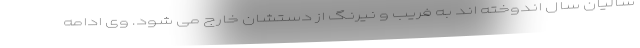
سالیان سال اندوخته اند به فریب و نیرنگ از دستشان خارج می شود. وی ادامه